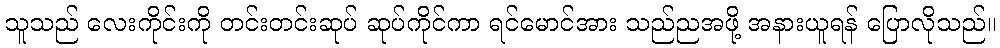
သူသည် လေးကိုင်းကို တင်းတင်းဆုပ် ဆုပ်ကိုင်ကာ ရင်မောင်အား သည်ညအဖို့ အနားယူရန် ပြောလိုသည်။